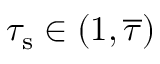
\tau _ { \mathrm { s } } \in ( 1 , \overline { { \tau } } )